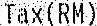
TAX(RM)